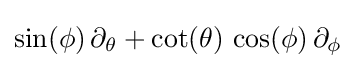
\sin(\phi )\,\partial _{\theta }+\cot(\theta )\,\cos(\phi )\,\partial _{\phi }